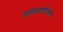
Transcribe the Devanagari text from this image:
अडवाणींची